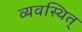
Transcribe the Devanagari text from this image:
व्यवस्थित्